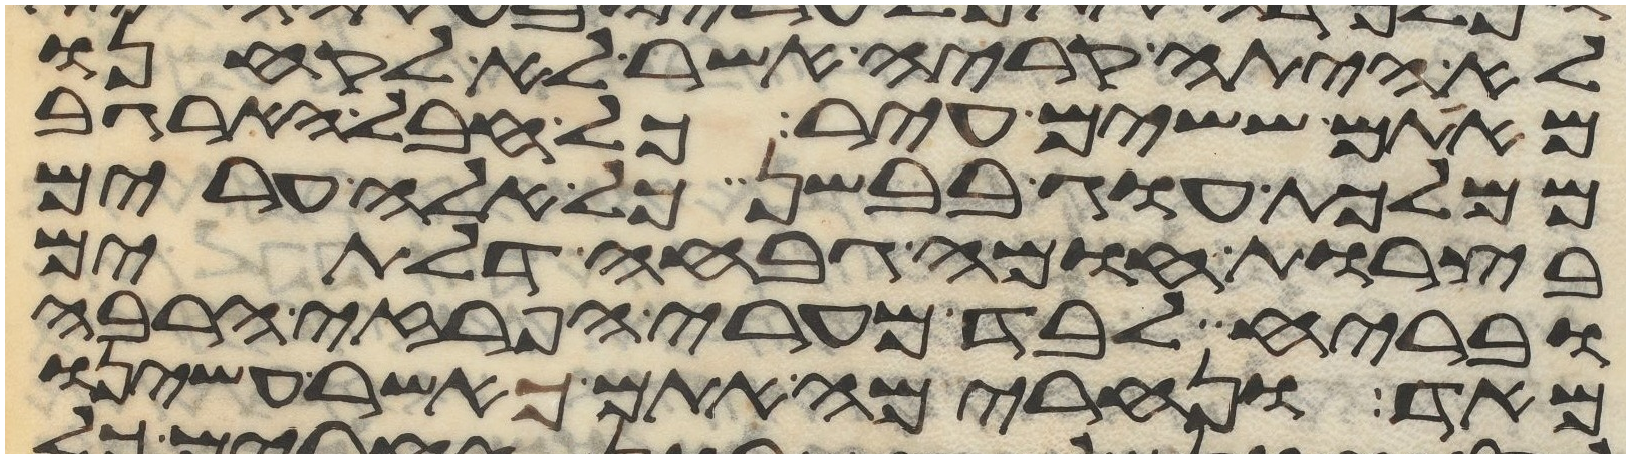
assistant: לא היתה קריה אשר לא לקחנו
מאתם ששים עיר כל חבל הארגב
ממלכות עוג בבשן כל אלה ערים
בצרות חומה גבחה דלתים
ובריח לבד מערי הפרזי הרבה
מאד ונחרימה אתם כאשר עשינו